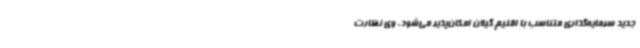
جدید سرمایه‌گذاری متناسب با اقلیم گیلان امکان‌پذیر می‌شود. وی نظارت